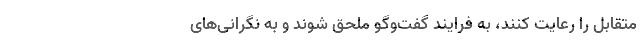
متقابل را رعایت کنند، به فرایند گفت‌وگو ملحق شوند و به نگرانی‌های